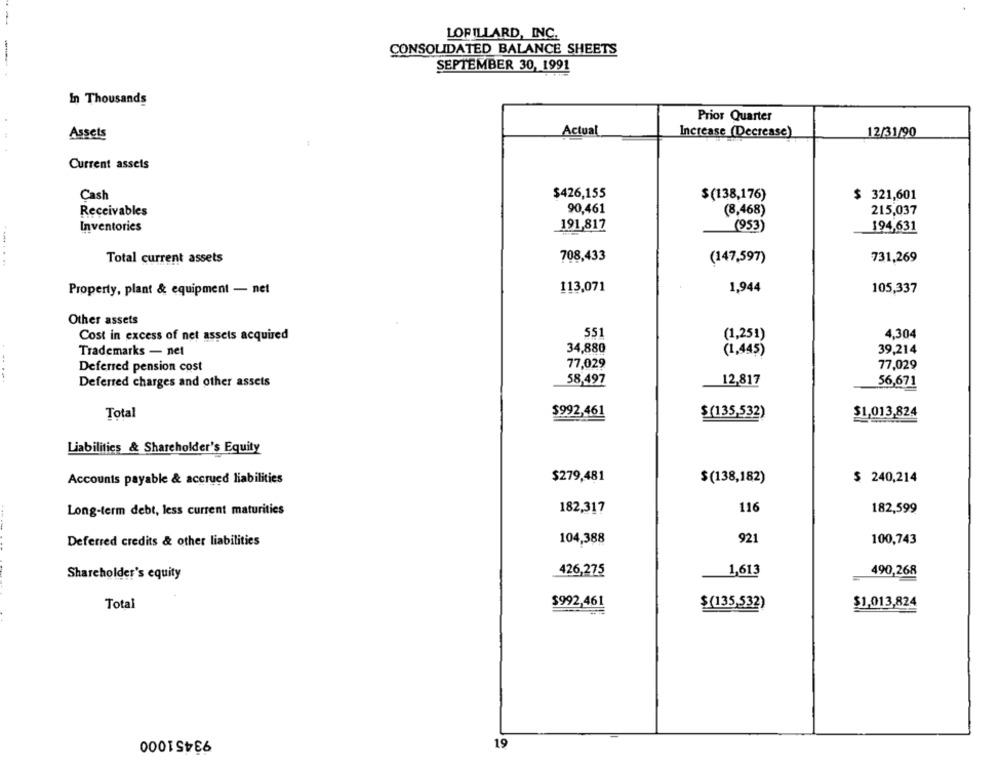
LORILLARD, INC.
CONSOLIDATED BALANCE SHEETS
SEPTEMBER 30, 1991
In Thousands
Prior Quarter
Actual
Assets
Increase (Decrease)
12/31/90
Current assets
$426,155
Cash
$ (138,176)
$ 321,601
Receivables
90,461
(8,468)
215,037
Inventories
191,817
(953)
194,631
Total current assets
708,433
(147,597)
731,269
Property, plant & equipment - net
113,071
1,944
105,337
Other assets
Cost in excess of net assets acquired
551
(1,251)
4,304
Trademarks - net
34,880
(1,445)
39,214
Deferred pension cost
77,029
77,029
Deferred charges and other assets
58,497
12,817
56,671
Total
$992,461
$(135,532)
$1,013,824
Liabilities & Shareholder's Equity
$279,481
Accounts payable & accrued liabilities
$(138,182)
$ 240,214
116
Long-term debt, less current maturities
182,317
182,599
921
Deferred credits & other liabilities
104,388
100,743
Shareholder's equity
426,275
1,613
490,268
Total
$992,461
$(135,532)
$1,013,824
93451000
19